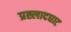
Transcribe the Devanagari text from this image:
प्रह्लादघाट